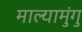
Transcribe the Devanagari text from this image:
माल्यामुंगु